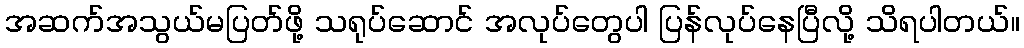
အဆက်အသွယ်မပြတ်ဖို့ သရုပ်ဆောင် အလုပ်တွေပါ ပြန်လုပ်နေပြီလို့ သိရပါတယ်။